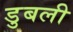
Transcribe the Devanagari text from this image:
डुबली